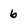
Character: 6